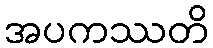
အပကဿတိ